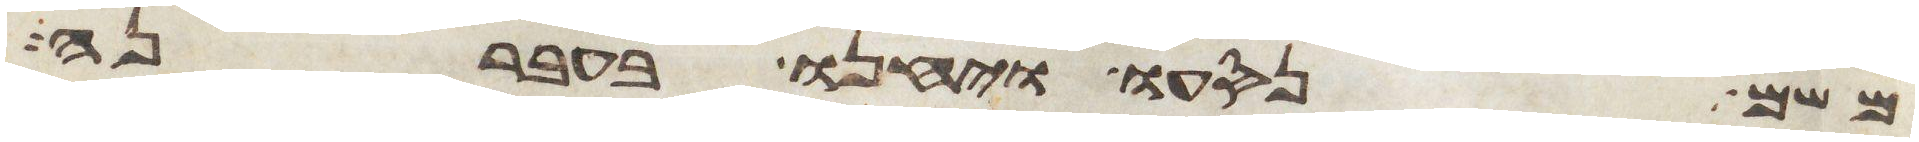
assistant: משם נסעו ויחנו בעברנה